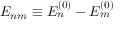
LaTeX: E _ { n m } \equiv E _ { n } ^ { ( 0 ) } - E _ { m } ^ { ( 0 ) }